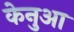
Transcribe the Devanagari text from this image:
केनुआ